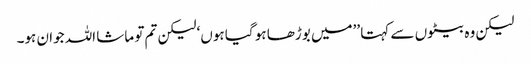
لیکن وہ بیٹوں سے کہتا ’’میں بوڑھا ہو گیا ہوں‘ لیکن تم تو ماشا اللہ جوان ہو۔